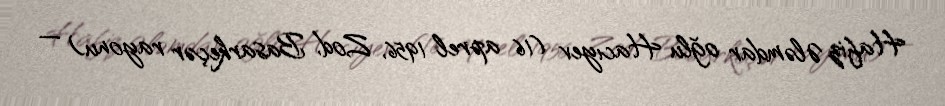
Hafiz Ələmdar oğlu Hacıyev (16 aprel 1956, Zod, Basarkeçər rayonu) —